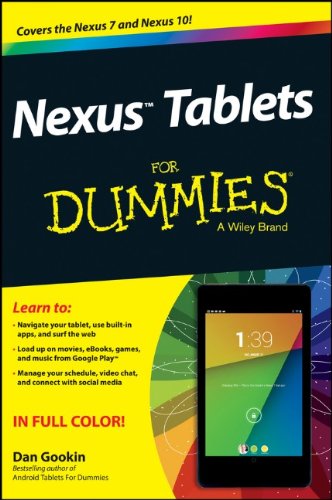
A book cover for Nexus Tablets For Dummies; Dan Gookin; Computers & Technology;